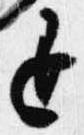
退